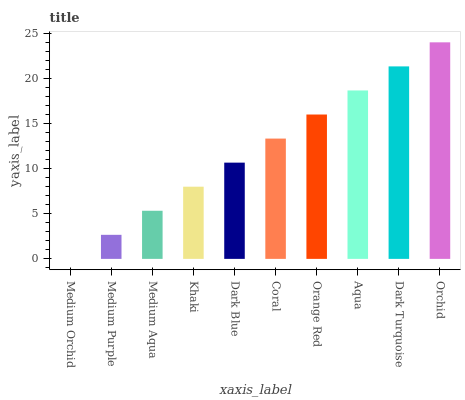
| xaxis_label | bars |
 | --- | --- |
 | Medium Orchid | 0 |
 | Medium Purple | 2.67 |
 | Medium Aqua | 5.34 |
 | Khaki | 8.01 |
 | Dark Blue | 10.7 |
 | Coral | 13.4 |
 | Orange Red | 16 |
 | Aqua | 18.7 |
 | Dark Turquoise | 21.4 |
 | Orchid | 24 |